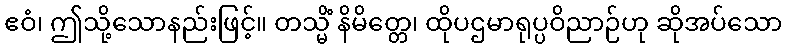
ဧဝံ၊ ဤသို့သောနည်းဖြင့်။ တသ္မိံ နိမိတ္တေ၊ ထိုပဌမာရုပ္ပဝိညာဉ်ဟု ဆိုအပ်သော